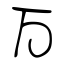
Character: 万